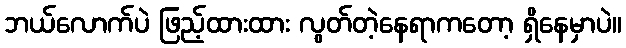
ဘယ်လောက်ပဲ ဖြည့်ထားထား လွတ်တဲ့နေရာကတော့ ရှိနေမှာပဲ။